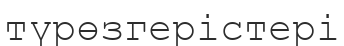
түрөзгерістері